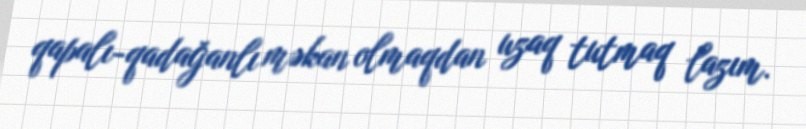
qapalı-qadağanlı məkan olmaqdan uzaq tutmaq lazım.